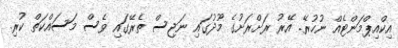
އިކްއިޕްމަންޓެއް ނުހުރޭ. އޭރު ރަށްރަށުގެ މޫދުގައި ނަޖިސް ތެރޭގައި ވެސް މަސައްކަތް ކުރި.